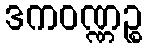
ဒကဝဏ္ဏဉ္စ